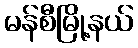
မန်စီမြို့နယ်